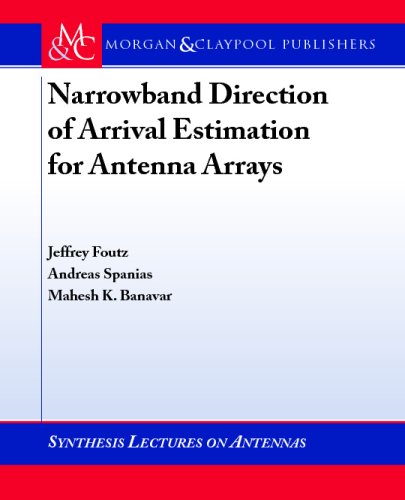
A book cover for Narrowband Direction of Arrival Estimation for Antenna Arrays (Synthesis Lectures on Antennas); Jeffrey Foutz; Science & Math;